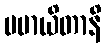
မမာယိတာနိ